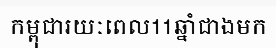
កម្ពុជារយៈពេល11ឆ្នាំជាងមក